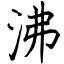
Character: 沸